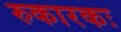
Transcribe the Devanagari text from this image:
रुकारकः